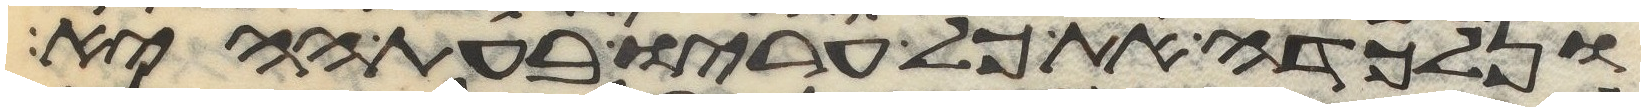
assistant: ונלכדה את כל עריו בעת ההיא